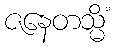
ဇနေတသ္မိံ